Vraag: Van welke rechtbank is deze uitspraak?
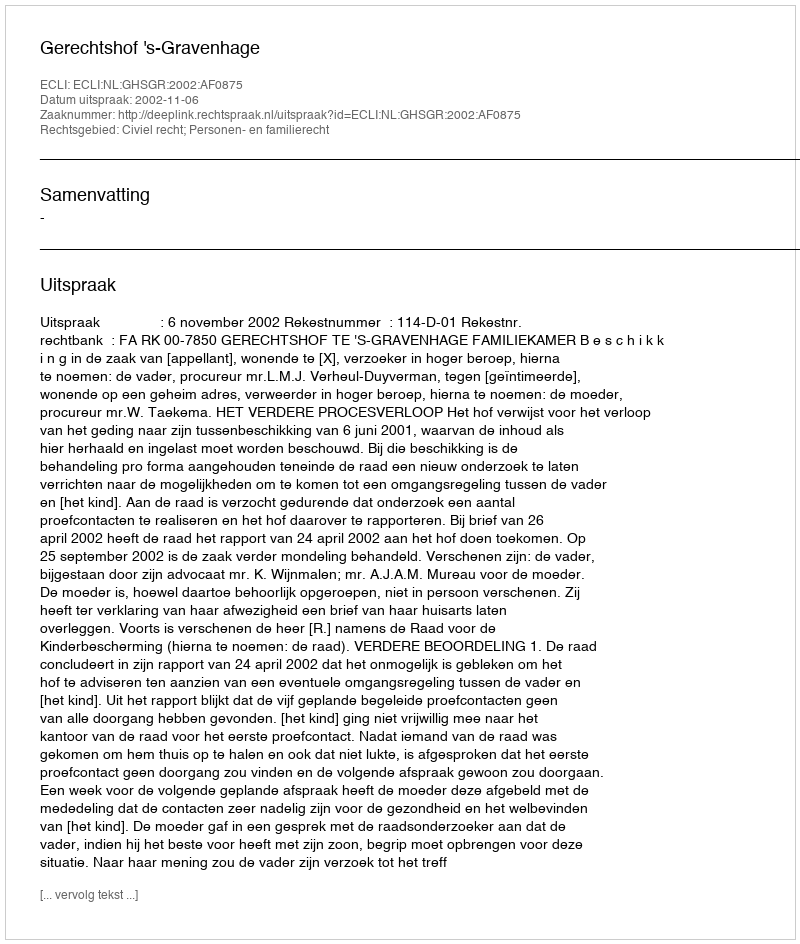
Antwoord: Gerechtshof 's-Gravenhage